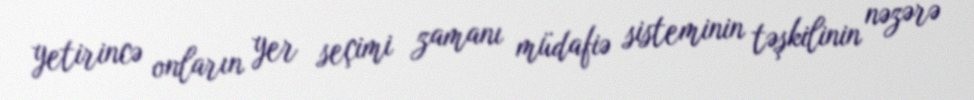
yetirincə onların yer seçimi zamanı müdafiə sisteminin təşkilinin nəzərə